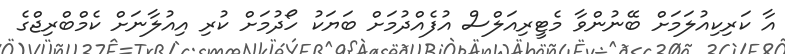
އާ ކަރިކިއުލަމަށް ބޭނުންވާ މެޓީރިއަލްސް އުފެއްދުމަށް ބަޔަކު ހޯދުމަށް ކުރި އިއުލާނަށް ކެމްބްރިޖްގެ